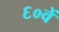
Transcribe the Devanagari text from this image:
६०वें